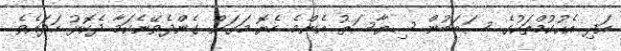
އަދި އެޙުކުމްތަކުގެ ސަބަބުން ސިޔާސަތު އެންމެ ހެޔޮ މަގަށް ގެންދެވޭނެކަމާ ދެކޮޅު ހަދައެވެ.